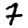
Digit: 7